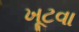
ખૂટવા